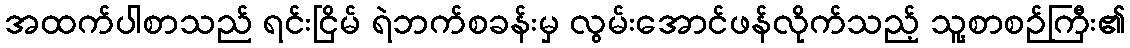
အထက်ပါစာသည် ရင်းငြိမ် ရဲဘက်စခန်းမှ လွမ်းအောင်ဖန်လိုက်သည့် သူ့စာစဉ်ကြီး၏